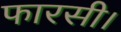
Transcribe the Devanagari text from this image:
फारसी।